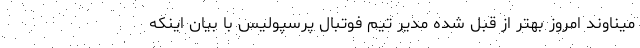
میناوند امروز بهتر از قبل شده مدیر تیم فوتبال پرسپولیس با بیان اینکه